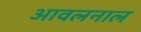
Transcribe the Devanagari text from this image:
आवलनाल